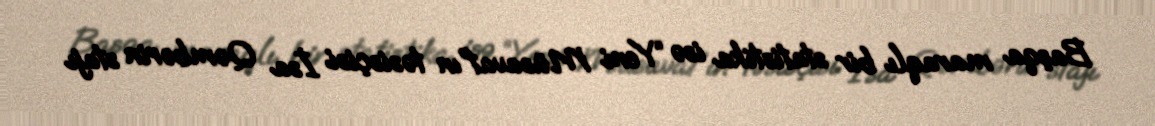
Başqa maraqlı bir statistika isə “Yeni Müsavat”ın təsisçisi İsa Qəmbərin stajı